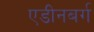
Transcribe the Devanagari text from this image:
एडीनबर्ग